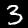
Label: 3